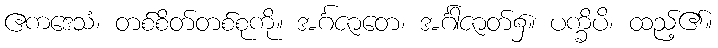
ဧကဒေသံ၊ တစ်စိတ်တစ်စုကို။ အင်္ဂဇာတေ၊ အင်္ဂါဇာတ်၌။ ပက္ခိပိ၊ ထည့်၏။